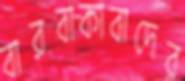
বারবাকাবাদের